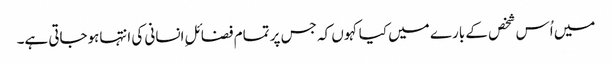
میں اُس شخص کے بارے میں کیا کہوں کہ جس پر تمام فضائلِ انسانی کی انتہاہوجاتی ہے۔